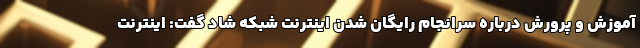
آموزش و پرورش درباره سرانجام رایگان شدن اینترنت شبکه شاد گفت: اینترنت